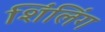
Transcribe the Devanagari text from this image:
शिंलिंग